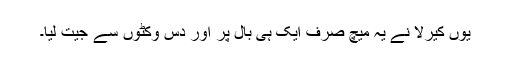
يوں کيرلا نے يہ ميچ صرف ايک ہی بال پر اور دس وکٹوں سے جيت ليا۔